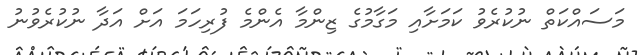
މަސައްކަތް ނުކުރެވު ކަމަށާއި މަގާމުގެ ޒިންމާ އެންމެ ފުރިހަމަ އަށް އަދާ ނުކުރެވުނު